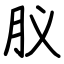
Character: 肞